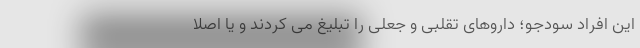
این افراد سودجو؛ داروهای تقلبی و جعلی را تبلیغ می کردند و یا اصلا